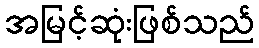
အမြင့်ဆုံးဖြစ်သည်